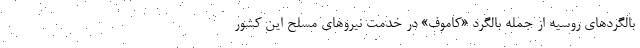
بالگردهای روسیه از جمله بالگرد «کاموف» در خدمت نیروهای مسلح این کشور